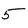
Character: 5